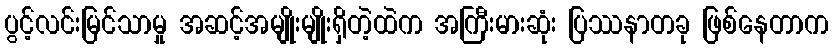
ပွင့်လင်းမြင်သာမှု အဆင့်အမျိုးမျိုးရှိတဲ့ထဲက အကြီးမားဆုံး ပြဿနာတခု ဖြစ်နေတာက